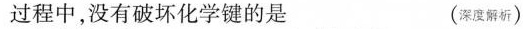
过程中，没有破坏化学键的是 （